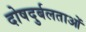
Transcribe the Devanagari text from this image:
दोषदुर्बलताओं